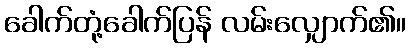
ခေါက်တုံ့ခေါက်ပြန် လမ်းလျှောက်၏။